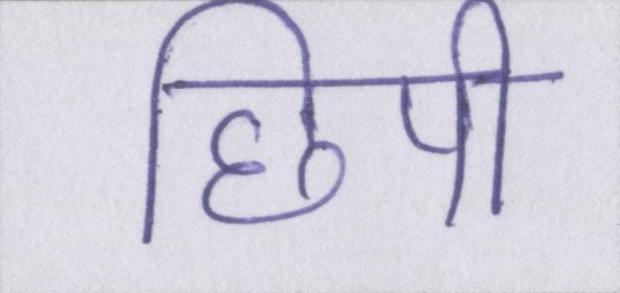
छिपी